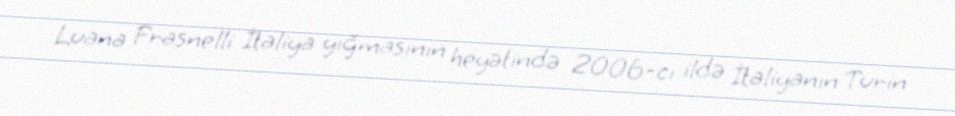
Luana Frasnelli İtaliya yığmasının heyətində 2006-cı ildə İtaliyanın Turin